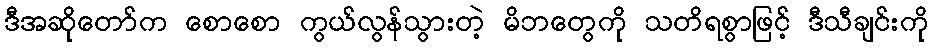
ဒီအဆိုတော်က စောစော ကွယ်လွန်သွားတဲ့ မိဘတွေကို သတိရစွာဖြင့် ဒီသီချင်းကို